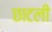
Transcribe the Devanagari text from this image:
छाटली